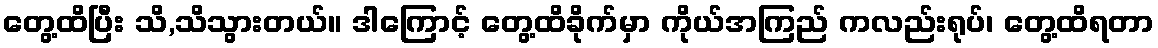
တွေ့ထိပြီး သိ,သိသွားတယ်။ ဒါကြောင့် တွေ့ထိခိုက်မှာ ကိုယ်အကြည် ကလည်းရုပ်၊ တွေ့ထိရတာ